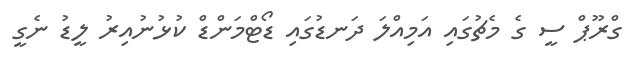
ގްރޫޕް ސީ ގެ މެޗުގައި އަމިއްލަ ދަނޑުގައި ޑޯޓްމަންޑް ކުޅުނުއިރު ލީޑު ނެގީ